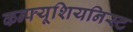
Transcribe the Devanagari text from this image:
कन्फ्यूशियनिस्ट